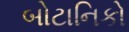
બોટાનિકો